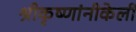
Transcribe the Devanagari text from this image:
श्रीकृष्णांनीकेली